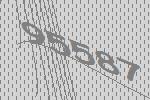
95587